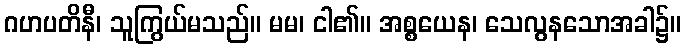
ဂဟပတိနီ၊ သူကြွယ်မသည်။ မမ၊ ငါ၏။ အစ္စယေန၊ သေလွနသောအခါ၌။